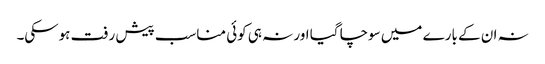
نہ ان کے بارے میں سوچا گیا اور نہ ہی کوئی مناسب پیش رفت ہوسکی۔